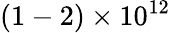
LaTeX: (1-2)\times 10^{12}